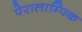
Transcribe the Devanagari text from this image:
पेरालाम्पिक